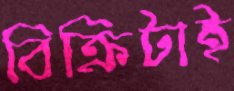
বিক্রিটাই